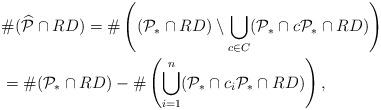
LaTeX: \begin{align*}&\#(\widehat{\mathcal{P}}\cap RD)=\#\left((\mathcal{P}_*\cap RD)\setminus\bigcup_{c\in C}(\mathcal{P}_*\cap c\mathcal{P}_*\cap RD)\right)\\&=\#(\mathcal{P}_*\cap RD)-\#\left(\bigcup_{i=1}^n(\mathcal{P}_*\cap c_i\mathcal{P}_*\cap RD)\right),\end{align*}